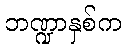
ဘဏ္ဍာနှစ်က